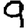
Digit: 9